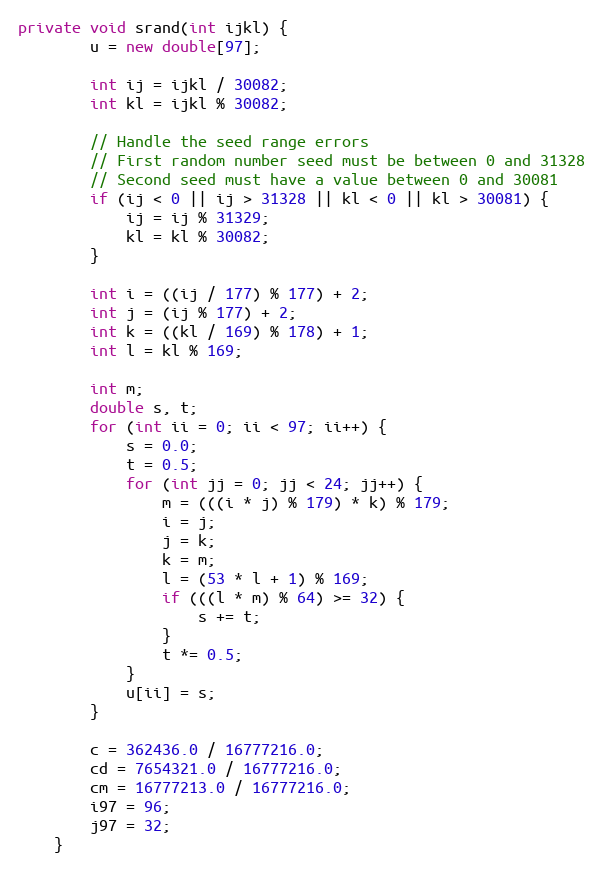
Language: Java
private void srand(int ijkl) {
        u = new double[97];

        int ij = ijkl / 30082;
        int kl = ijkl % 30082;

        // Handle the seed range errors
        // First random number seed must be between 0 and 31328
        // Second seed must have a value between 0 and 30081
        if (ij < 0 || ij > 31328 || kl < 0 || kl > 30081) {
            ij = ij % 31329;
            kl = kl % 30082;
        }

        int i = ((ij / 177) % 177) + 2;
        int j = (ij % 177) + 2;
        int k = ((kl / 169) % 178) + 1;
        int l = kl % 169;

        int m;
        double s, t;
        for (int ii = 0; ii < 97; ii++) {
            s = 0.0;
            t = 0.5;
            for (int jj = 0; jj < 24; jj++) {
                m = (((i * j) % 179) * k) % 179;
                i = j;
                j = k;
                k = m;
                l = (53 * l + 1) % 169;
                if (((l * m) % 64) >= 32) {
                    s += t;
                }
                t *= 0.5;
            }
            u[ii] = s;
        }

        c = 362436.0 / 16777216.0;
        cd = 7654321.0 / 16777216.0;
        cm = 16777213.0 / 16777216.0;
        i97 = 96;
        j97 = 32;
    }